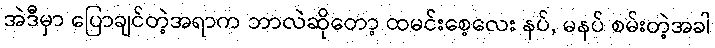
အဲဒီမှာ ပြောချင်တဲ့အရာက ဘာလဲဆိုတော့ ထမင်းစေ့လေး နပ်, မနပ် စမ်းတဲ့အခါ